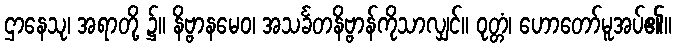
ဌာနေသု၊ အရာတို့ ၌။ နိဗ္ဗာနမေဝ၊ အသင်္ခတနိဗ္ဗာန်ကိုသာလျှင်။ ဝုတ္တံ၊ ဟောတော်မူအပ်၏။